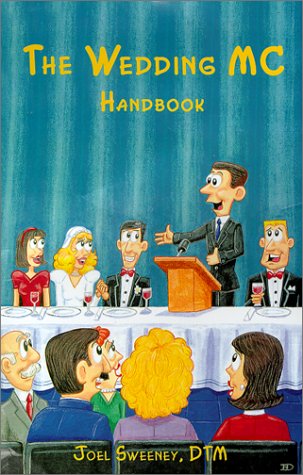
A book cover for The Wedding MC Handbook; Joel Sweeney; Crafts, Hobbies & Home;